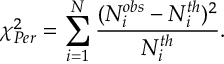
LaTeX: \chi _ { P e r } ^ { 2 } = \sum _ { i = 1 } ^ { N } \frac { ( N _ { i } ^ { o b s } - N _ { i } ^ { t h } ) ^ { 2 } } { N _ { i } ^ { t h } } .